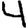
Digit: 4